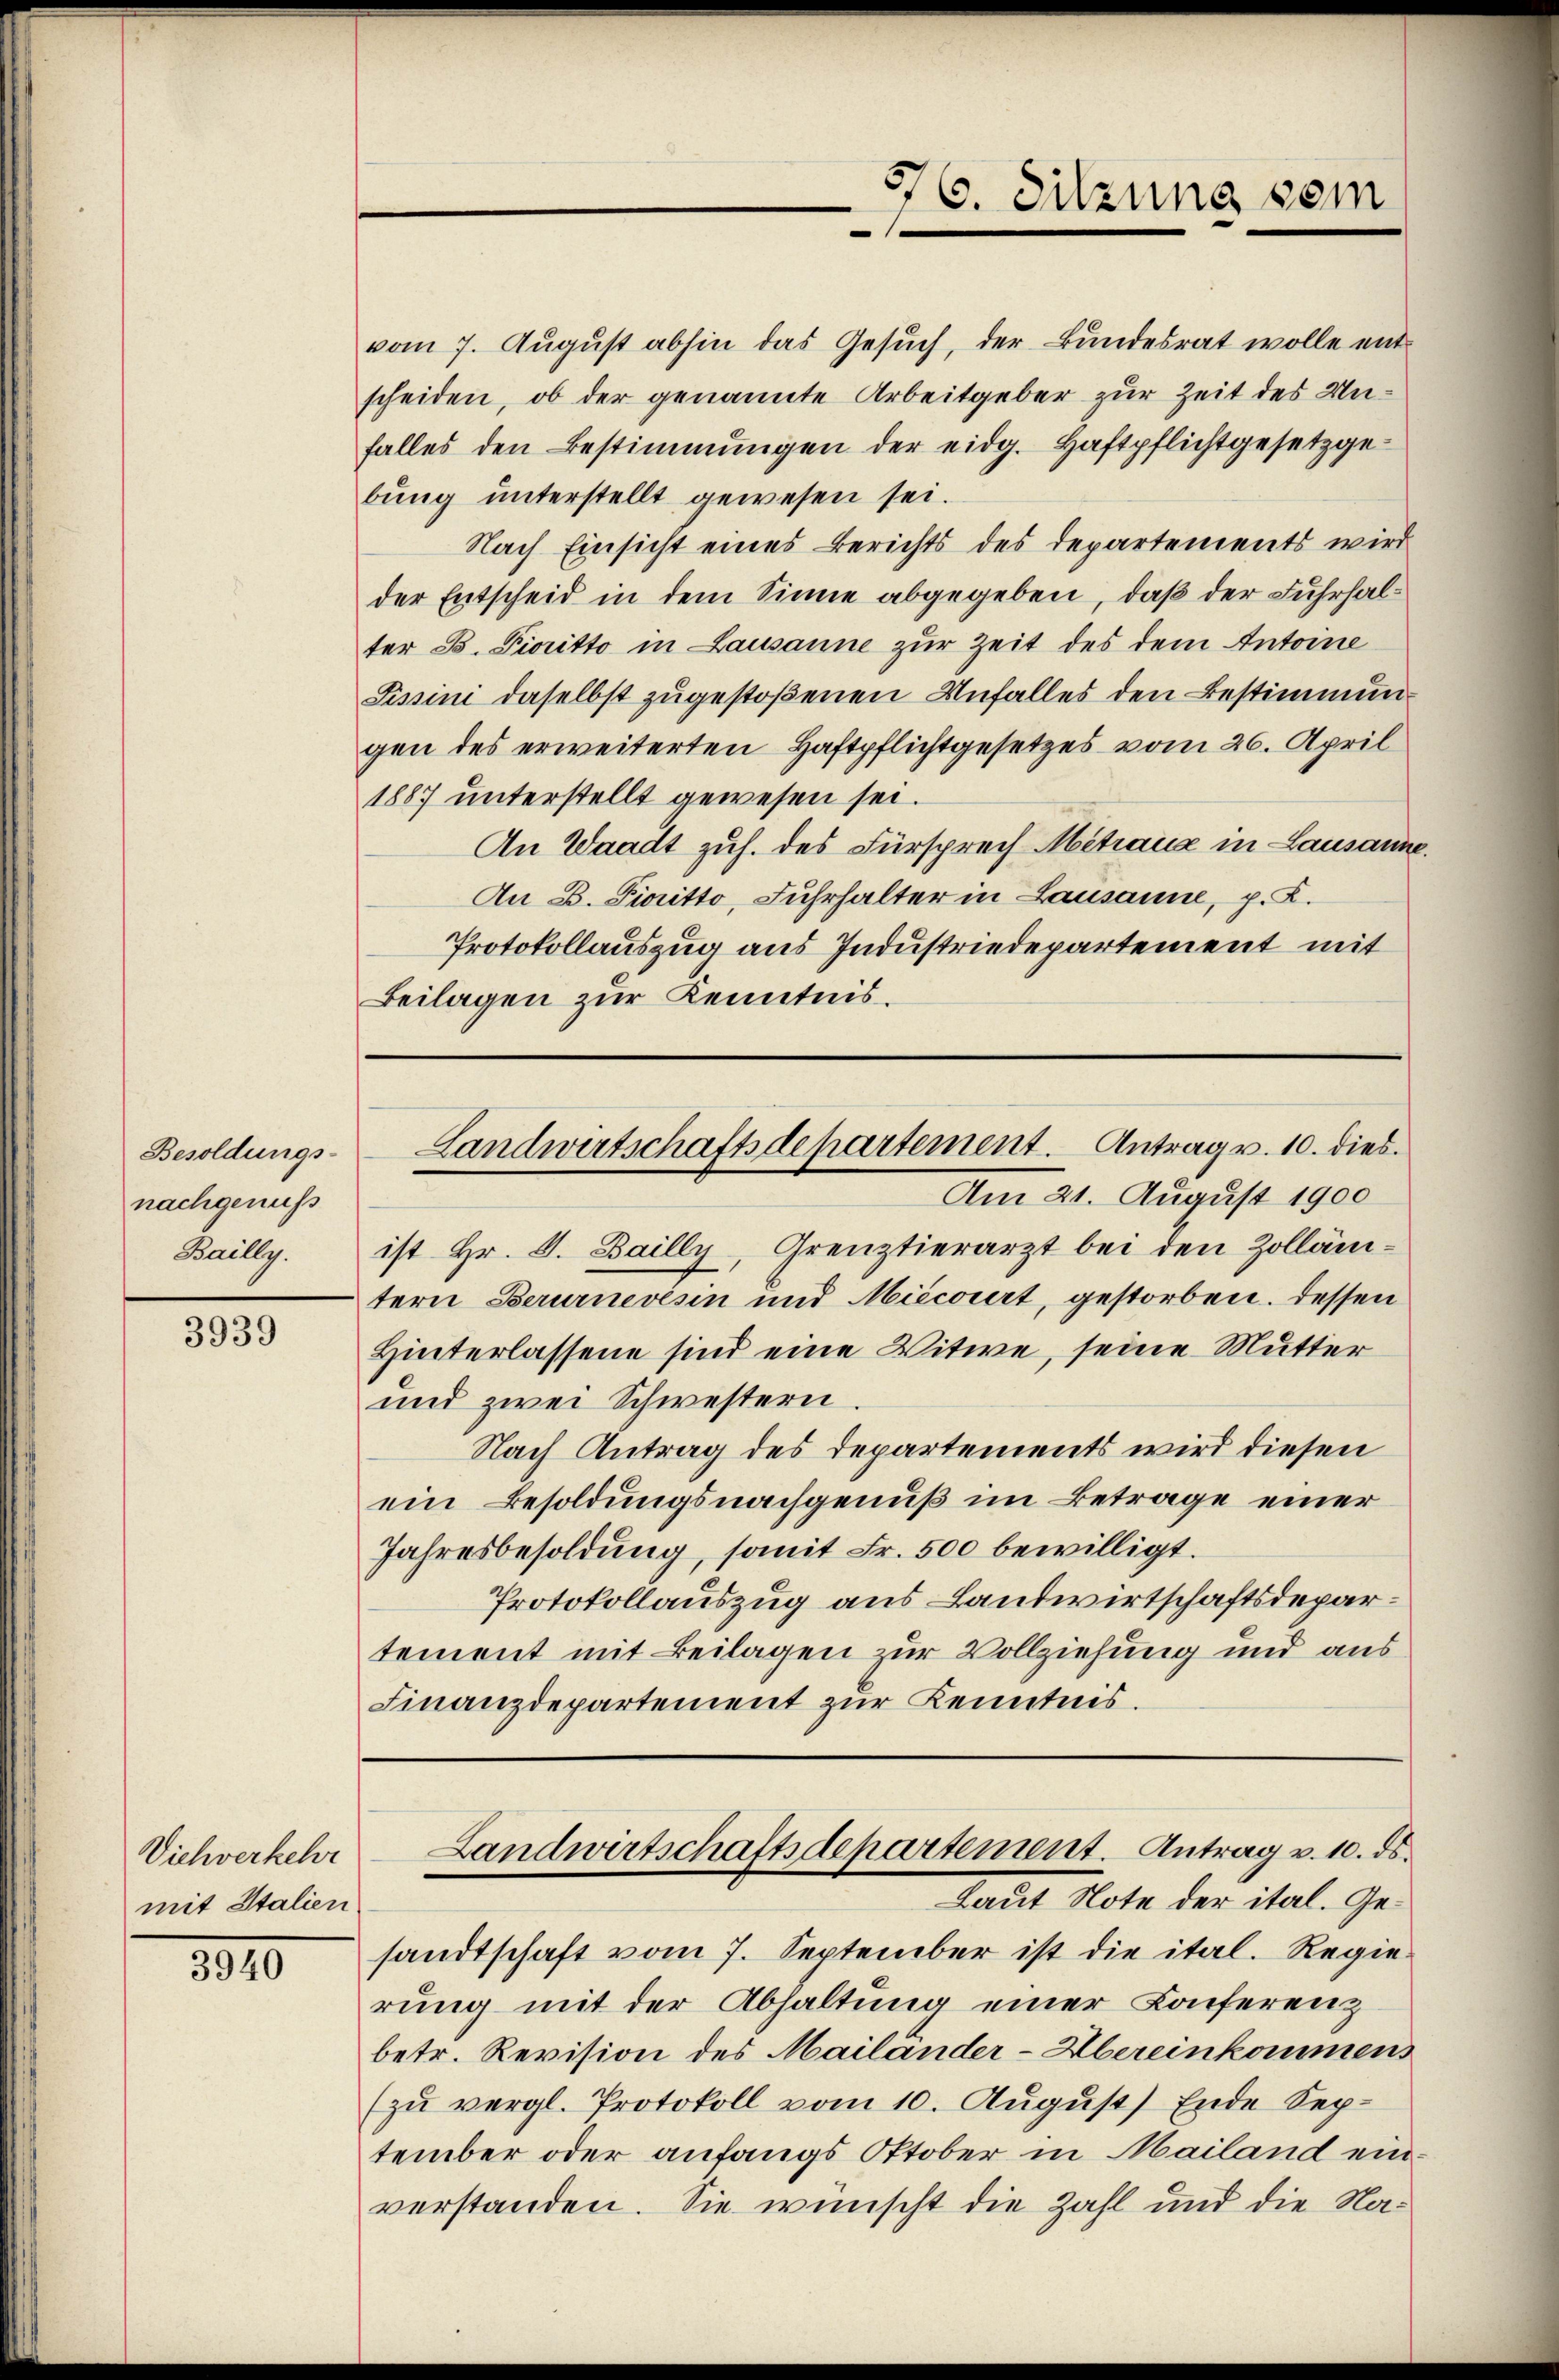
Besoldungs-
nachgenuss
Bailly.

3939

Viehverkehr
mit Italien

3940

76. Sitzung vom

vom 7. August abhin das Gesuch, der Bundesrat wolle ent
scheiden, ob der genannte Arbeitgeber zur Zeit des Unfalles den Bestimmungen der eidg. Haftpflichtgesetzgebung unterstellt gewesen sei.
Nach Einsicht eines Berichts des Departements wird
der Entscheid in dem Sinne abgegeben, daß der Fuhrhalter B. Fioritto in Lausanne zur Zeit des dem Antoine
Sissini daselbst zugestoßenen Unfalles den Bestimmungen des erweiterten Haftpflichtgesetzes vom 26. April
1887 unterstellt gewesen sei.
An Waadt zuh. des Fürsprech Mitraue in Lausanne.
An B. Pieritto, Fuhrhalter in Lausanne, p. C.
Protokollauszug aus Industriedepartement mit
Beilagen zur Kenntnis.

Landwirtschaftsdepartement. Antrag v. 10. dies.
Am 21. August 1900

ist Hr. V. Bailly, Grenztierarzt bei den Zolläntern Berurnevesin und Miecorirt, gestorben. Dessen
Hinterlassene sind eine Witwe, seine Mutter
und zwei Schwestern
Nach Antrag des Departements wird diesen
ein Besoldungsnachgenuß im Betrage einer
Jahresbesoldung, somit Fr. 500 bewilligt.
Protokollauszug aus Landwirtschaftsdepartement mit Beilagen zur Vollziehung und aus
Finanzdepartement zur Kenntnis.
Landwirtschaftsdepartement. Antrag v. 10. ds.
Laut Note der ital. Gesandtschaft vom 7. September ist die ital. Regierung mit der Abhaltung einer Konferenz
betr. Revision des Mailänder-Übereinkommens
(zu vergl. Protokoll vom 10. August) Ende September oder anfangs Oktober in Mailand einverstanden. Sie wünscht die Zahl und die Na¬